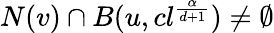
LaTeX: N(v)\cap B(u,cl^{\frac{\alpha}{d+1}})\neq\emptyset